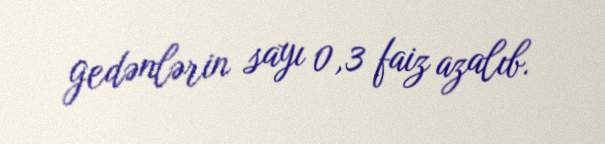
gedənlərin sayı 0,3 faiz azalıb.